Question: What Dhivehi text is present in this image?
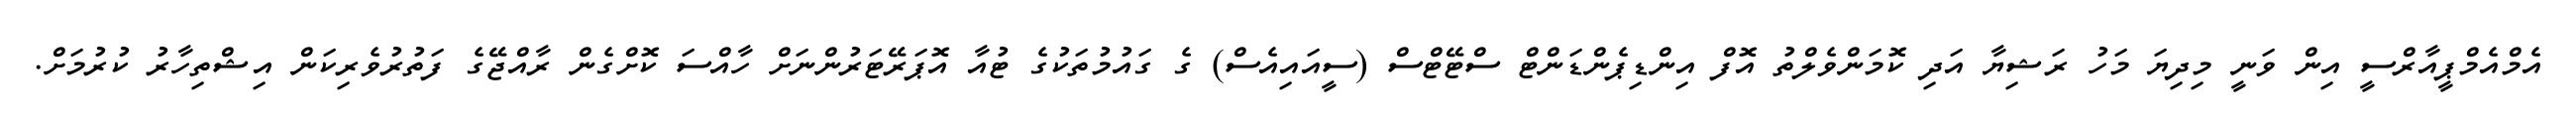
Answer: އެމްއެމްޕީއާރްސީ އިން ވަނީ މިދިޔަ މަހު ރަޝިޔާ އަދި ކޮމަންވެލްތު އޮފް އިންޑިޕެންޑަންޓް ސްޓޭޓްސް (ސީއައިއެސް) ގެ ގައުމުތަކުގެ ޓުއާ އޮޕަރޭޓަރުންނަށް ހާއްސަ ކޮށްގެން ރާއްޖޭގެ ފަތުރުވެރިކަން އިޝްތިހާރު ކުރުމަށް.